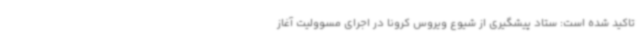
تاکید شده است: ستاد پیشگیری از شیوع ویروس کرونا در اجرای مسوولیت آغاز